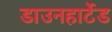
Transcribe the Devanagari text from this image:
डाउनहार्टेड